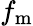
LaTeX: f_{\mathrm{m}}